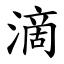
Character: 滴